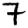
Digit: 7